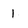
Character: 1